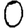
Digit: 0